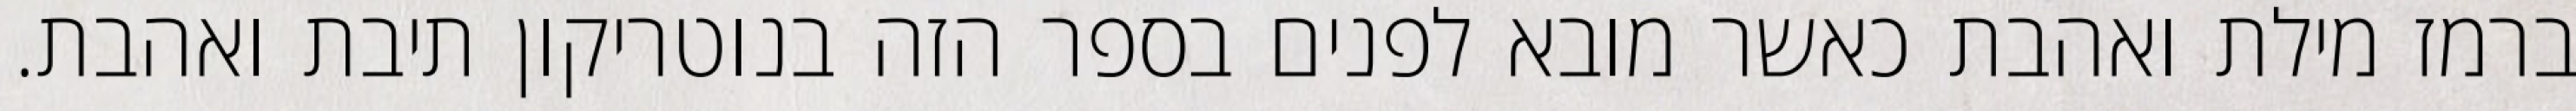
ברמז מילת ואהבת כאשר מובא לפנים בספר הזה בנוטריקון תיבת ואהבת.